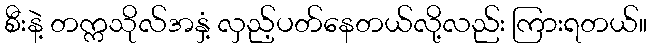
စီးနဲ့ တက္ကသိုလ်အနှံ့ လှည့်ပတ်နေတယ်လို့လည်း ကြားရတယ်။